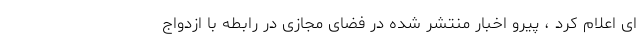
ای اعلام کرد ، پیرو اخبار منتشر شده در فضای مجازی در رابطه با ازدواج